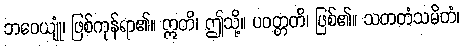
ဘဝေယျုံ၊ ဖြစ်ကုန်ရာ၏။ ဣတိ၊ ဤသို့။ ပဝတ္တတိ၊ ဖြစ်၏။ သတတံသမိတံ၊